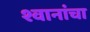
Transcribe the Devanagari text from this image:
श्वानांचा